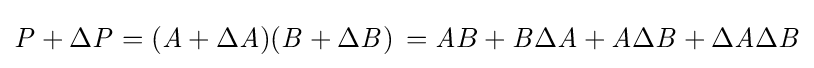
{\mathit {P}}+\Delta {\mathit {P}}=({\mathit {A}}+\Delta {\mathit {A}})({\mathit {B}}+\Delta {\mathit {B}})\,={\mathit {A}}B+{\mathit {B}}\Delta {\mathit {A}}+{\mathit {A}}\Delta {\mathit {B}}+\Delta {\mathit {A}}\Delta {\mathit {B}}